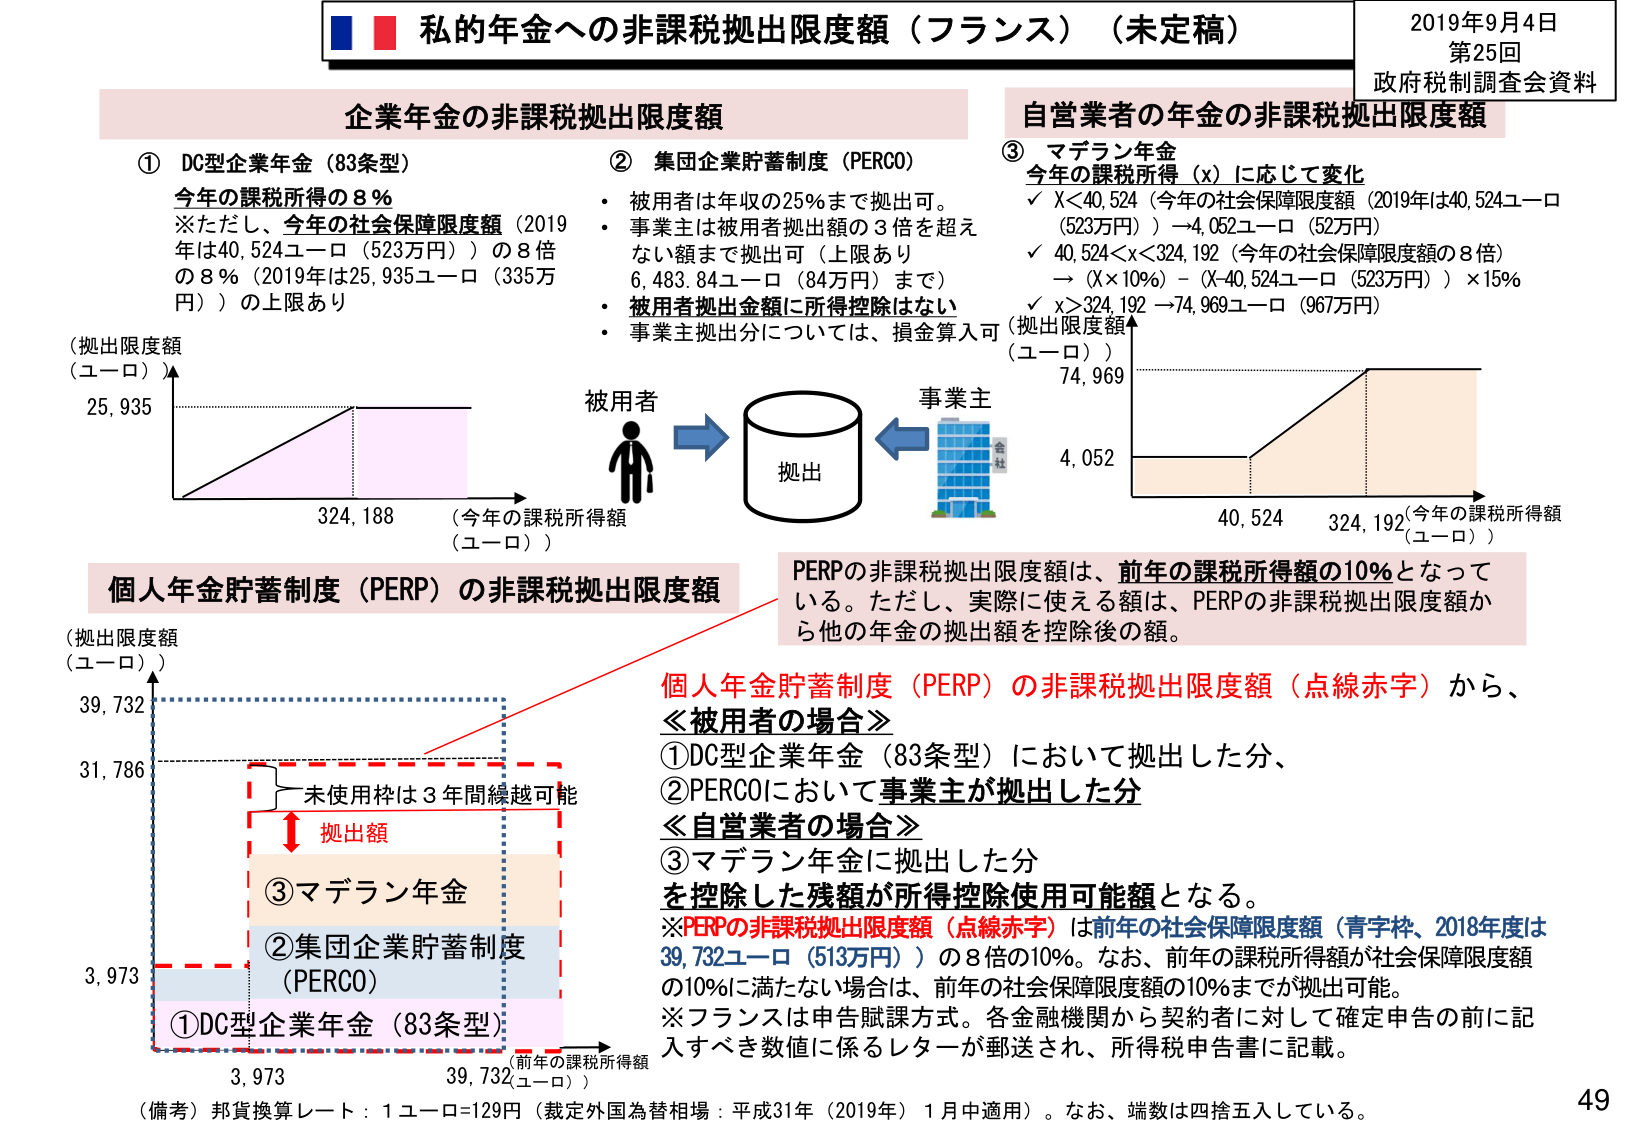
私的年金への非課税拠出限度額（フランス）（未定稿）
2019年9月4日
第25回
政府税制調査会資料

企業年金の非課税拠出限度額

① DC型企業年金（83条型）
今年の課税所得の8％
※ただし、今年の社会保障限度額（2019年は40,524ユーロ（523万円））の8倍の8％（2019年は25,935ユーロ（335万円））の上限あり

② 集団企業貯蓄制度（PERCO）
・被用者は年収の25％まで拠出可。
・事業主は被用者拠出額の3倍を超えない額まで拠出可（上限あり 6,483.84ユーロ（84万円）まで）
・被用者拠出金額に所得控除はない
・事業主拠出分については、損金算入可（拠出限度額（ユーロ））

③ マデラン年金
今年の課税所得（x）に応じて変化
✓ X＜40,524（今年の社会保障限度額（2019年は40,524ユーロ（523万円））→4,052ユーロ（52万円）
✓ 40,524＜x＜324,192（今年の社会保障限度額の8倍）→（X×10％）－（X-40,524ユーロ（523万円））×15％
✓ x＞324,192 →74,969ユーロ（967万円）

（拠出限度額（ユーロ））
25,935
324,188（今年の課税所得額（ユーロ））

被用者 → 拠出 → 事業主
（金社）

（拠出限度額（ユーロ））
74,969
4,052
40,524 324,192（今年の課税所得額（ユーロ））

個人年金貯蓄制度（PERP）の非課税拠出限度額

PERPの非課税拠出限度額は、前年の課税所得額の10％となっている。ただし、実際に使える額は、PERPの非課税拠出限度額から他の年金の拠出額を控除後の額。

個人年金貯蓄制度（PERP）の非課税拠出限度額（点線赤字）から、
≪被用者の場合≫
①DC型企業年金（83条型）において拠出した分、
②PERCOにおいて事業主が拠出した分
≪自営業者の場合≫
③マデラン年金に拠出した分
を控除した残額が所得控除使用可能額となる。

※PERPの非課税拠出限度額（点線赤字）は前年の社会保障限度額（青字枠、2018年度は39,732ユーロ（513万円））の8倍の10％。なお、前年の課税所得額が社会保障限度額の10％に満たない場合は、前年の社会保障限度額の10％までが拠出可能。

※フランスは申告賦課方式。各金融機関から契約者に対して確定申告の前に記入すべき数値に係るレターが郵送され、所得税申告書に記載。

（拠出限度額（ユーロ））
39,732
31,786
未使用枠は3年間繰越可能
拠出額
③マデラン年金
②集団企業貯蓄制度（PERCO）
①DC型企業年金（83条型）
3,973
3,973 39,732（前年の課税所得額（ユーロ））

（備考）邦貨換算レート：1ユーロ=129円（裁定外国為替相場：平成31年（2019年）1月中適用）。なお、端数は四捨五入している。

49